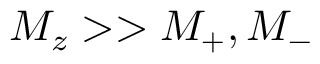
{ M _ { z } > > M _ { + } , M _ { - } }